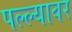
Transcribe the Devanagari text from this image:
पल्ल्यावर